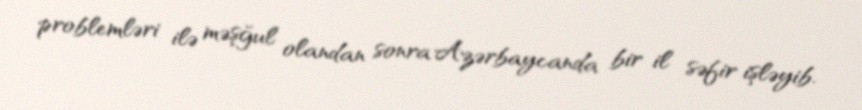
problemləri ilə məşğul olandan sonra Azərbaycanda bir il səfir işləyib.